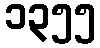
၁၃၅၅